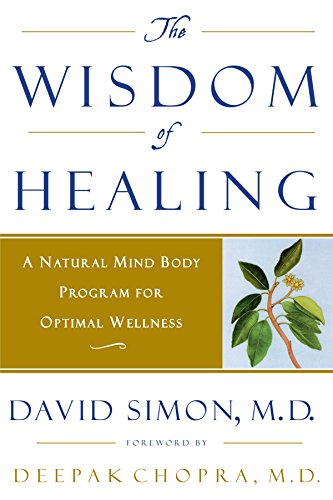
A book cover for The Wisdom of Healing: A Natural Mind Body Program for Optimal Wellness; David Simon; Health, Fitness & Dieting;